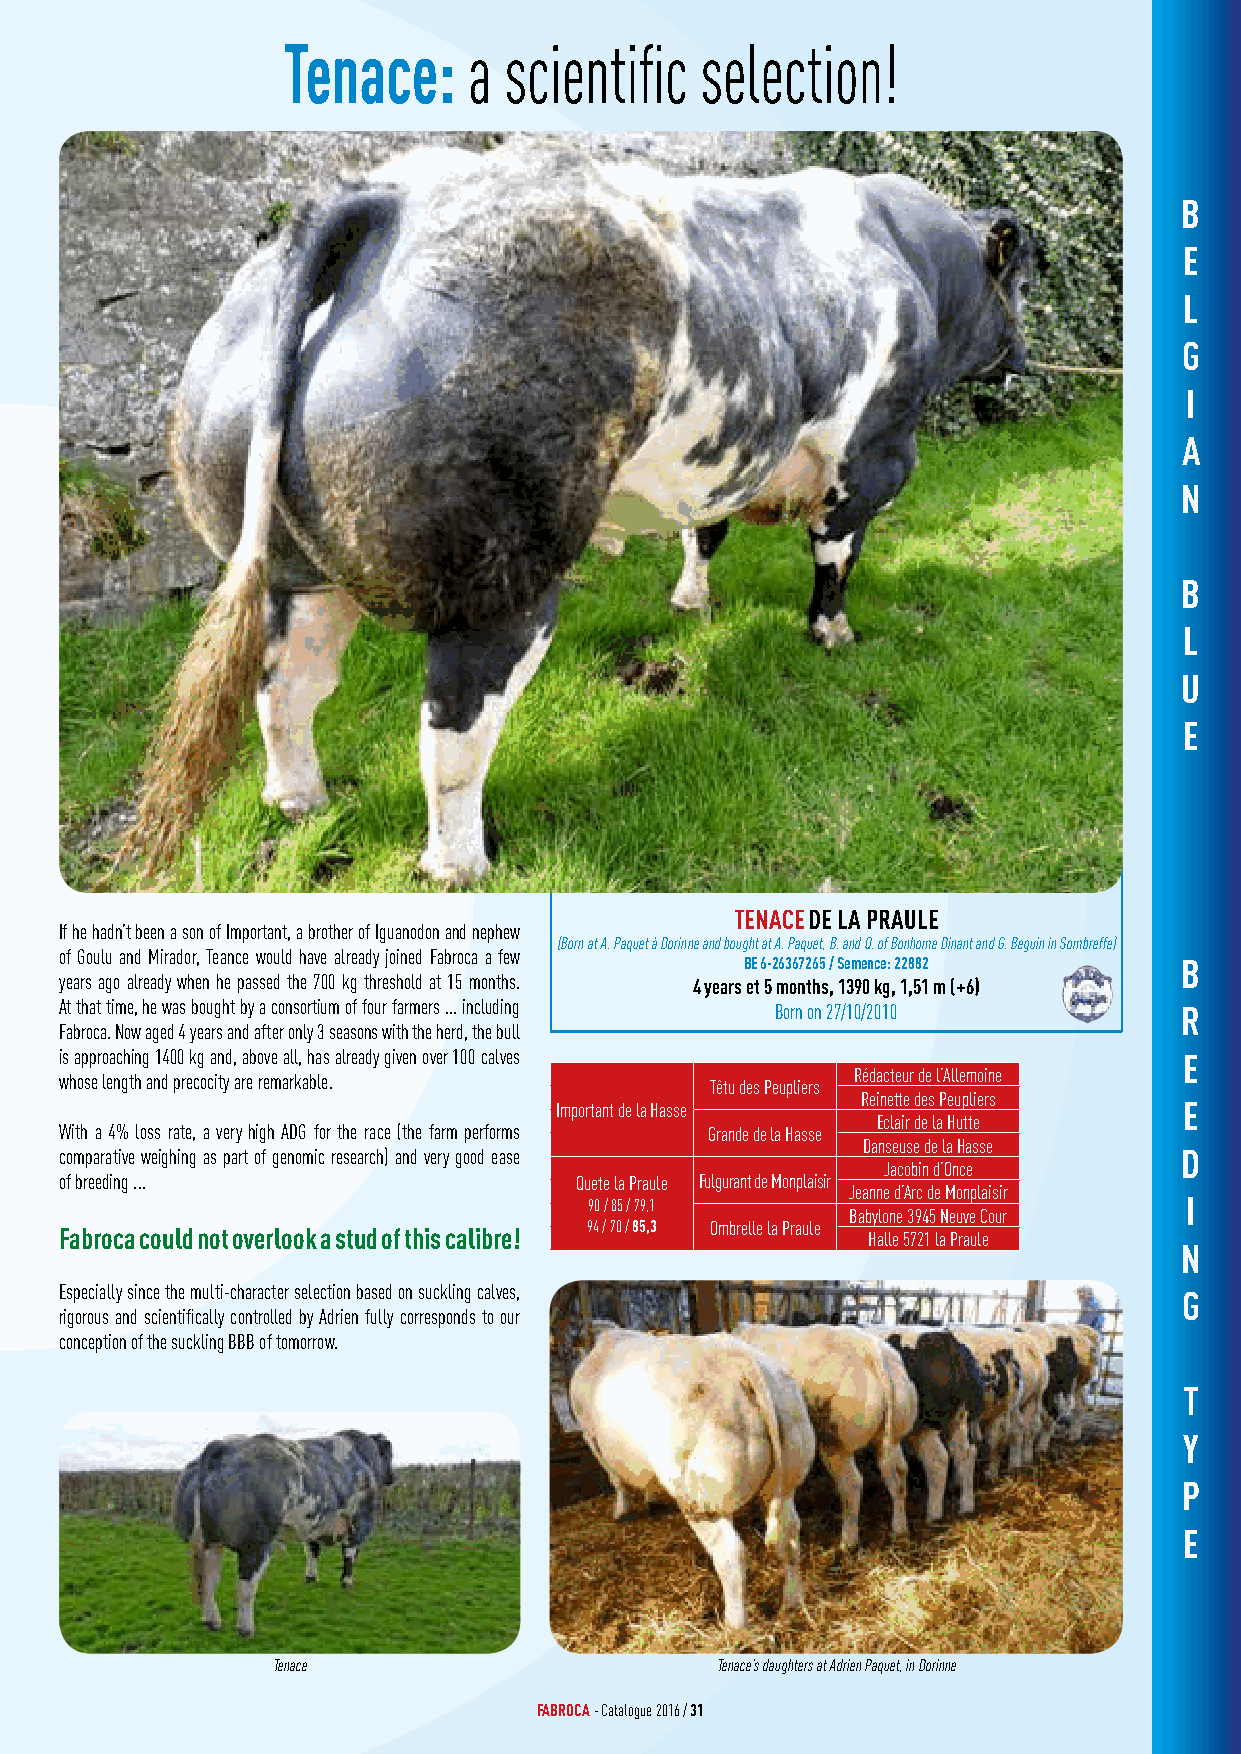
Tenace:     a scientific   selection!
 B
 E
 L
 G
 I
 A
 N
 B
 L
 U
 E
 TENACE DE LA PRAULE
 If he hadn’t been a son of Important, a brother of Iguanodon and nephew
 (Born at A. Paquet à Dorinne and bought at A. Paquet, B. and Q. of Bonhome Dinant and G. Beguin in Sombreffe)
 of Goulu and Mirador, Teance would have already joined Fabroca a few
 BE 6-26367265 / Semence: 22882 B
 years ago already when he passed the 700 kg threshold at 15 months. 4 years et 5 months, 1390 kg, 1,51 m (+6)
 At that time, he was bought by a consortium of four farmers ... including Born on 27/10/2010 R
 Fabroca. Now aged 4 years and after only 3 seasons with the herd, the bull
 is approaching 1400 kg and, above all, has already given over 100 calves  E
 whose length and precocity are remarkable. Têtu des Peupliers Rédacteur de l’Allemoine
 Reinette des Peupliers
 Important de la Hasse                    E
 Eclair de la Hutte
 With a 4% loss rate, a very high ADG for the race (the farm performs Grande de la Hasse
 Danseuse de la Hasse
 comparative weighing as part of genomic research) and very good ease      D
 Jacobin d’Once
 of breeding ...                   Quete la Praule Fulgurant de Monplaisir
 Jeanne d’Arc de Monplaisir
 90 / 85 / 79,1                         I
 Babylone 3945 Neuve Cour
 94 / 70 / 85,3 Ombrelle la Praule
 Fabroca could not overlook a stud of this calibre!   Halle 5721 la Praule
 N
 Especially since the multi-character selection based on suckling calves,  G
 rigorous and scientifically controlled by Adrien fully corresponds to our
 conception of the suckling BBB of tomorrow.
 T
 Y
 P
 E
 Tenace                       Tenace’s daughters at Adrien Paquet, in Dorinne
 FABROCA - Catalogue 2016 / 31